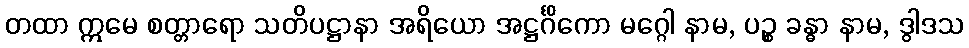
တထာ ဣမေ စတ္တာရော သတိပဋ္ဌာနာ အရိယော အဋ္ဌင်္ဂိကော မဂ္ဂေါ နာမ, ပဉ္စ ခန္ဓာ နာမ, ဒွါဒသ